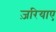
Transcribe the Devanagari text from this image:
ज़रियाए